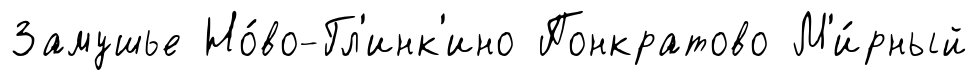
Замушье Но́во-Гл'инк'ино Понкратово М'и́рный